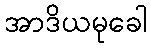
အာဒိယမုခေါ